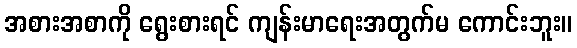
အစားအစာကို ရွေးစားရင် ကျန်းမာရေးအတွက်မ ကောင်းဘူး။